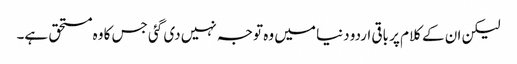
لیکن ان کے کلام پر باقی اردو دنیا میں وہ توجہ نہیں دی گئی جس کا وہ مستحق ہے۔